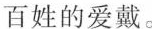
百姓的爱戴。